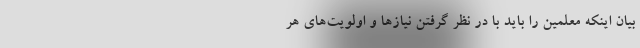
بیان اینکه معلمین را باید با در نظر گرفتن نیازها و اولویت‌های هر